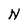
Character: N